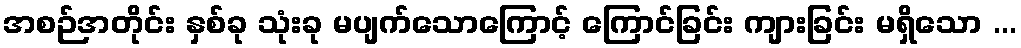
အစဉ်အတိုင်း နှစ်ခု သုံးခု မပျက်သောကြောင့် ကြောင်ခြင်း ကျားခြင်း မရှိသော ...